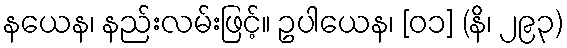
နယေန၊ နည်းလမ်းဖြင့်။ ဥပါယေန၊ [၀၁] (နိ၊ ၂၉၃)